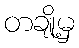
တချို့မှ